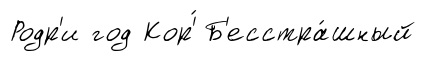
Родр'и год Кор'́ Б'есстра́шный